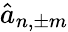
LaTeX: \hat{a}_{n,\pm m}